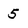
Character: 5